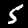
Label: 5